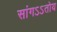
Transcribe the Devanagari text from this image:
सांगऽऽतोय